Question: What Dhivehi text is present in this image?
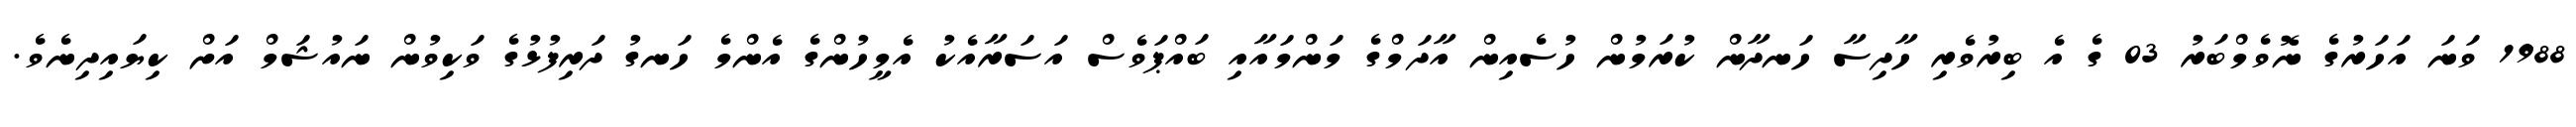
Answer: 1988 ވަނަ އަހަރުގެ ނޮވެމްބަރު 03 ގެ އެ ބިރުވެރި ހާދިސާ ހަނދާން ކުރަމުން ހުސެއިން އާދަމްގެ މަންމައާއި ބައްޕަވެސް އަސަރާއެކު އެމީހުންގެ އެންމެ ހަނގު ދަރިފުޅުގެ ވަކިވުން ނައުޝަމް އަށް ކިޔައިދިނެވެ.